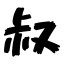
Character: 叔